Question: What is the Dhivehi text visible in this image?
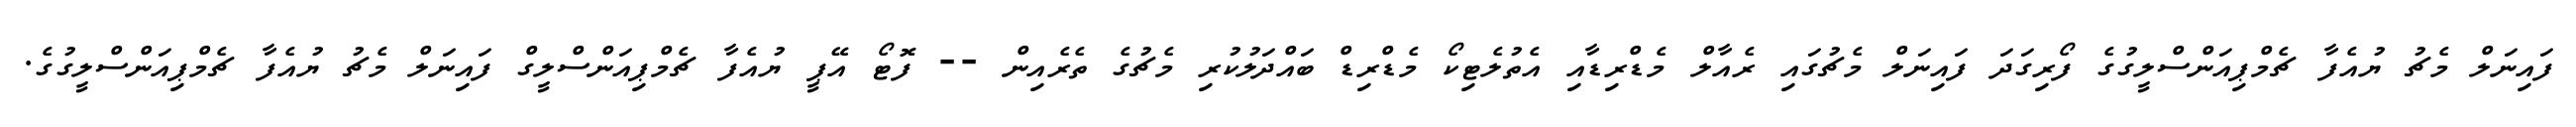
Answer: ފައިނަލް މެޗު ޔުއެފާ ޗެމްޕިއަންސްލީގުގެ ފޯރިގަދަ ފައިނަލް މެޗުގައި ރެއާލް މެޑްރިޑާއި އެތުލެޓިކޯ މެޑްރިޑް ބައްދަލުކުރި މެޗުގެ ތެރެއިން -- ފޮޓޯ އޭޕީ ޔުއެފާ ޗެމްޕިއަންސްލީގް ފައިނަލް މެޗު ޔުއެފާ ޗެމްޕިއަންސްލީގުގެ.